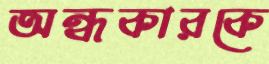
অন্ধকারকে